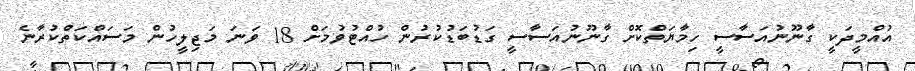
އުއްމީދަކީ ގާނޫނުއަސާސީ ހިމާޔަތްކޮށް ގާނޫނުއަސާސީ ގަޑުބަޑުކުރުން ހުއްޓުވުމަށް 18 ވަނަ މަޖިލީހުން މަސައްކަތްކުރާނެ